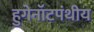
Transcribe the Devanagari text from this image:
हुगेनॉटपंथीय